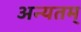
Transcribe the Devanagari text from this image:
अन्यतम्